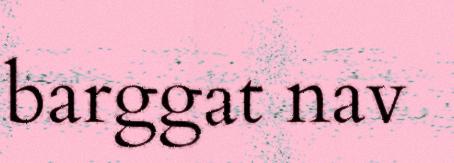
barggat nav